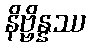
နိဗ္ဗိန္နဿ